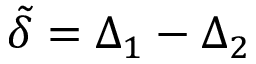
\tilde { \delta } = \Delta _ { 1 } - \Delta _ { 2 }